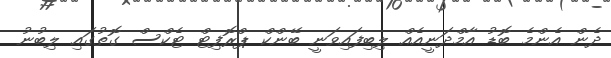
ދެން އެންމެ ބޮޑު އާމްދަނީއެއް ލިބިފައިވަނީ ބޭންކް ޕްރޮފިޓް ޓެކްސް ގޮތުގައި ލިބުނު